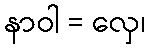
နာဝါ = လှေ၊